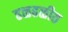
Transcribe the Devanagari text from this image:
ढळढळीत